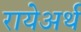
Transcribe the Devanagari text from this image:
रायेअर्थ